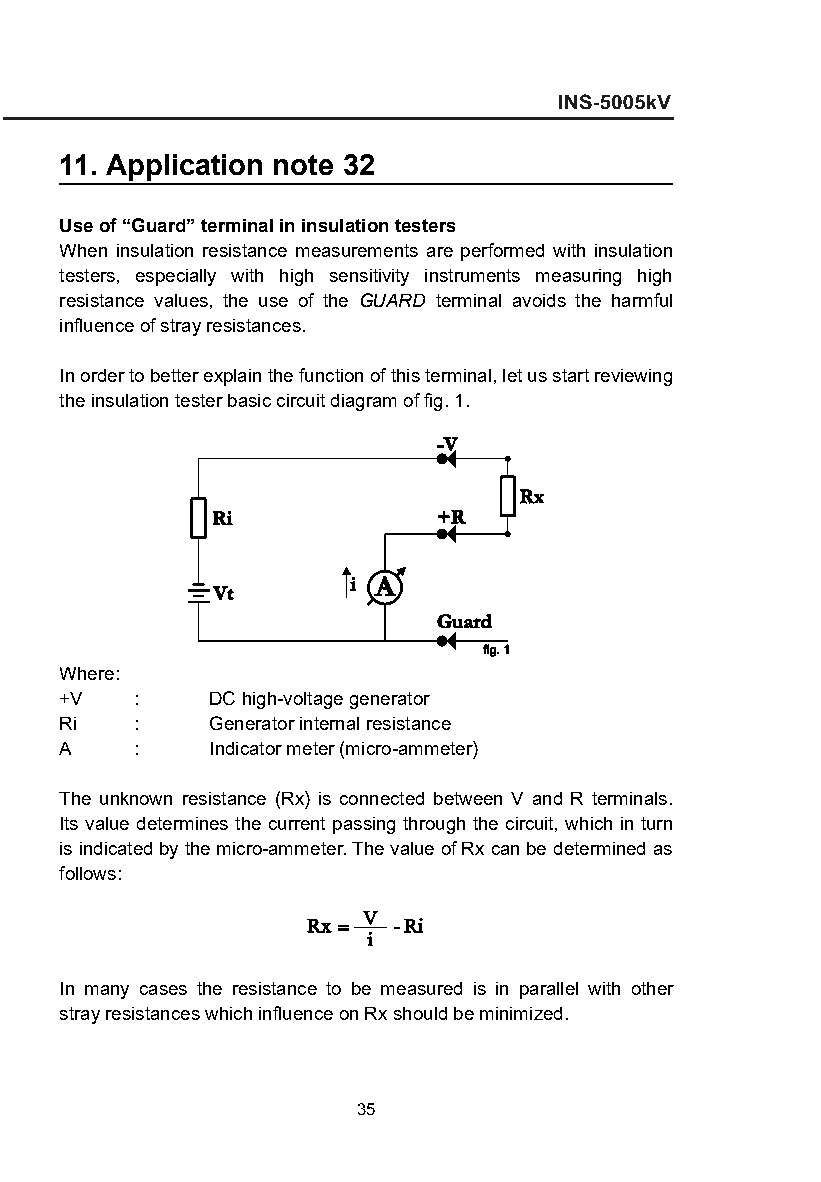
11. Application note 32
 Use of “Guard” terminal in insulation testers
 When insulation resistance measurements are performed with insulation
 testers, especially with high sensitivity instruments measuring high
 resistance values, the use of the GUARD terminal avoids the harmful
 influence of stray resistances.
 In order to better explain the function of this terminal, let us start reviewing
 the insulation tester basic circuit diagram of fig. 1.
 Where:
 +V   :    DC high-voltage generator
 Ri   :    Generator internal resistance
 A    :    Indicator meter (micro-ammeter)
 The unknown resistance (Rx) is connected between V and R terminals.
 Its value determines the current passing through the circuit, which in turn
 is indicated by the micro-ammeter. The value of Rx can be determined as
 follows:
 In many cases the resistance to be measured is in parallel with other
 stray resistances which influence on Rx should be minimized.
 35